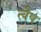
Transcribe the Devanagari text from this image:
त्वैष